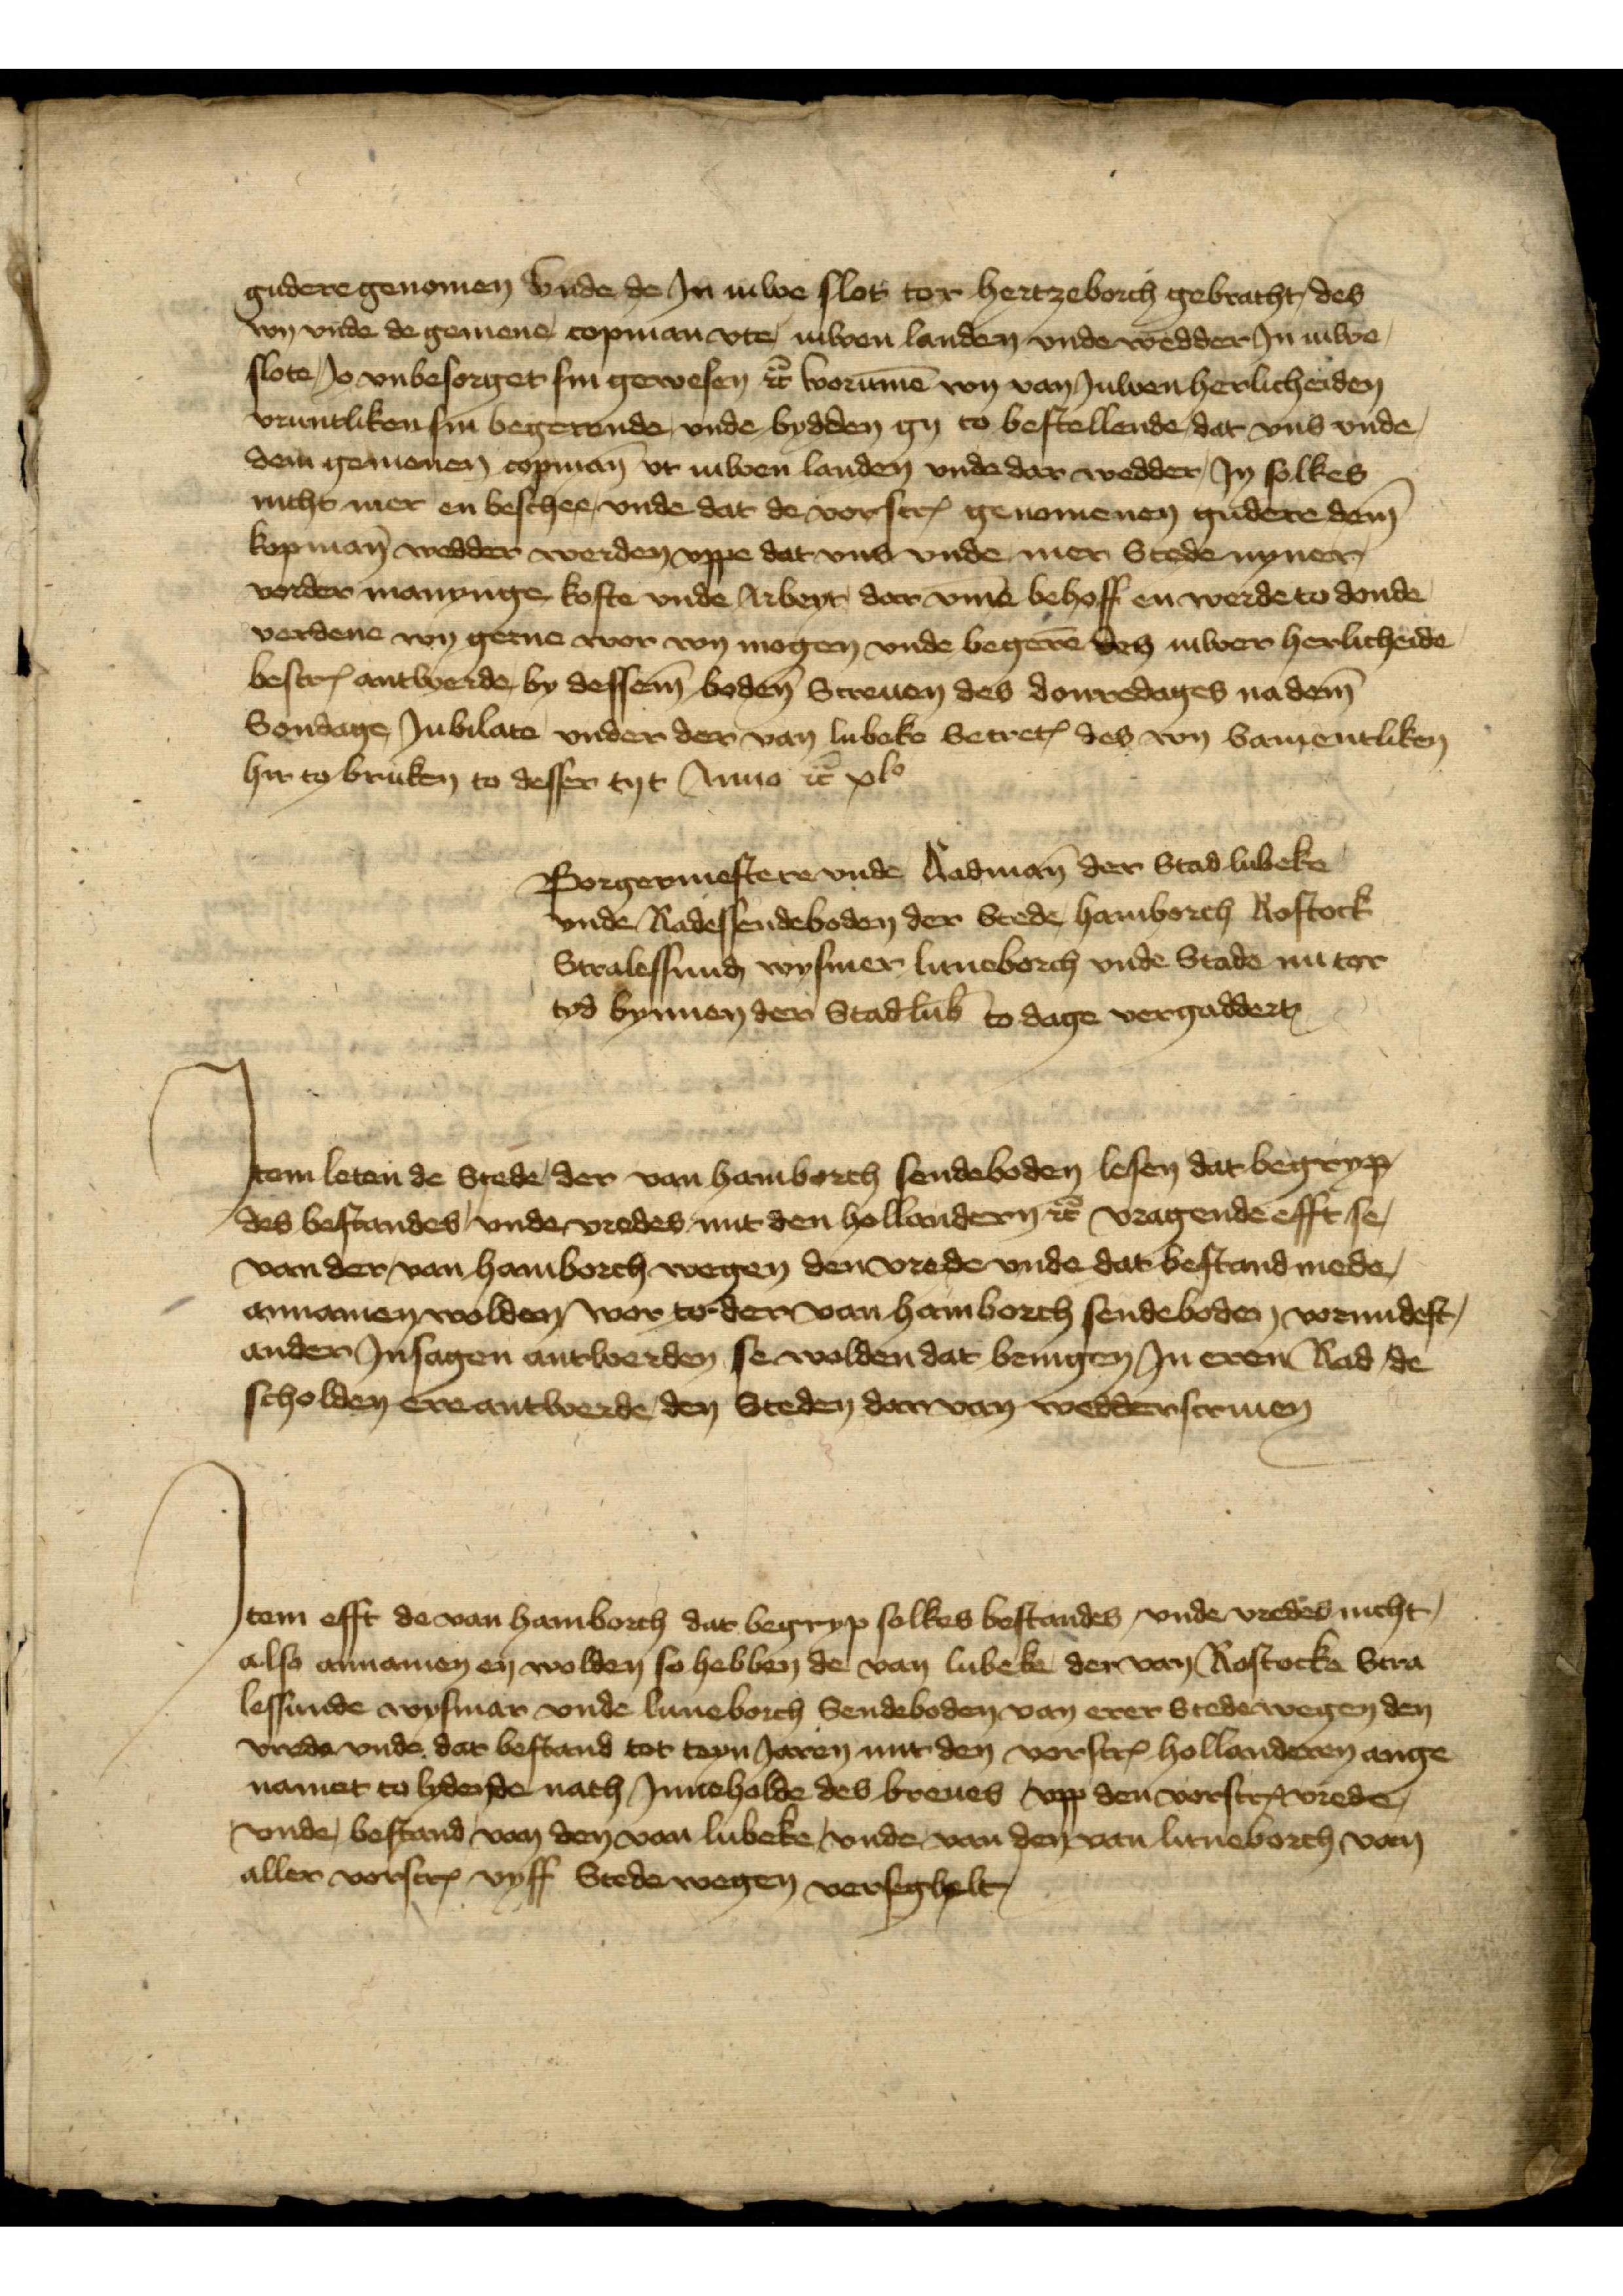
gudere genomen vnde Jn iuwe slot tor Hertzeborch gebracht, des
wy vnde do gemene copman vte iuwen landen vnde wedder Jn iuwe
slote Jo vnbesorget sin gewesen et̉ worūme wy van Juwen herlicheiden
vruntliken sin begerende, vnde bydden gy to bestellende dat vns vnde
dem gemenen copman vt iuwen landen vnde dar wedder Jn solkes
nicht mer en beschee, vnde dat de vorscꝬ genomenen gudere dem
kopman wedder werden vppe dat vns vnde mer Stede nyner
vorder manynge koste vnde Arbeyt, dar v̄me behoff en werde to donde
verdene wyn geene wor wy moogen vnde begerē des iuwer herlicheide
bescrꝬ antwerde by dessem boden Screuen des donerdages na dem
Sondage Jubilate vnder der van Lubeke SecretꝬ des wy Samentliken
hir to bruken to dessen tyt Anno et̉ xlo
Borgermestere vnde Radman̄ der Stad Lubeke
vnde Radessendeboden der Stede Hamborch Rostock
Stralessund Wysmer Luneborch vnde Stade nu tor
tyd bynnen de Stad Lub̄ to dage vergaddert

Jtem leten de Stede van Hamborch sendeboden lesen dat begryp
des bestandes vnder vredes mit den Hollandern et̉ vragende efft se,
van der, van Hamborch wegen den vrede vnde dat bestand mede,
annamen wolden were tor den van Hamborch sendeboden, vormidest,
ander Jnsagen antwerden se wolden dat bringen Jn eren Rad de
scholden ere antwerde den Steden dar van wedderscriuen

Jtem efft de van Hamborch dat begryp solkes bestandes, vnde vredes nicht,
also annamen en wolden so hebben de van Lubek der van Rostocke Stra¬
lessunde Wysmer vnde Luneborch Sendeboden van erer Stede wegen den
vrede vnde dar bestand tor teyn Jaren mit den vorscrꝬ Hollanderen ange¬
namet to Lyden de nach Jnneholde des breues vpp den vorscrꝬ vrede
vnde, bestand, van den van Lubeke, vnde van de van Luneborch van
aller voscrꝬ vyff Stede wegen, voresgelelt